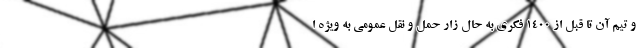
و تیم آن تا قبل از ۱۴۰۰ فکری به حال زار حمل و نقل عمومی به ویژه ا